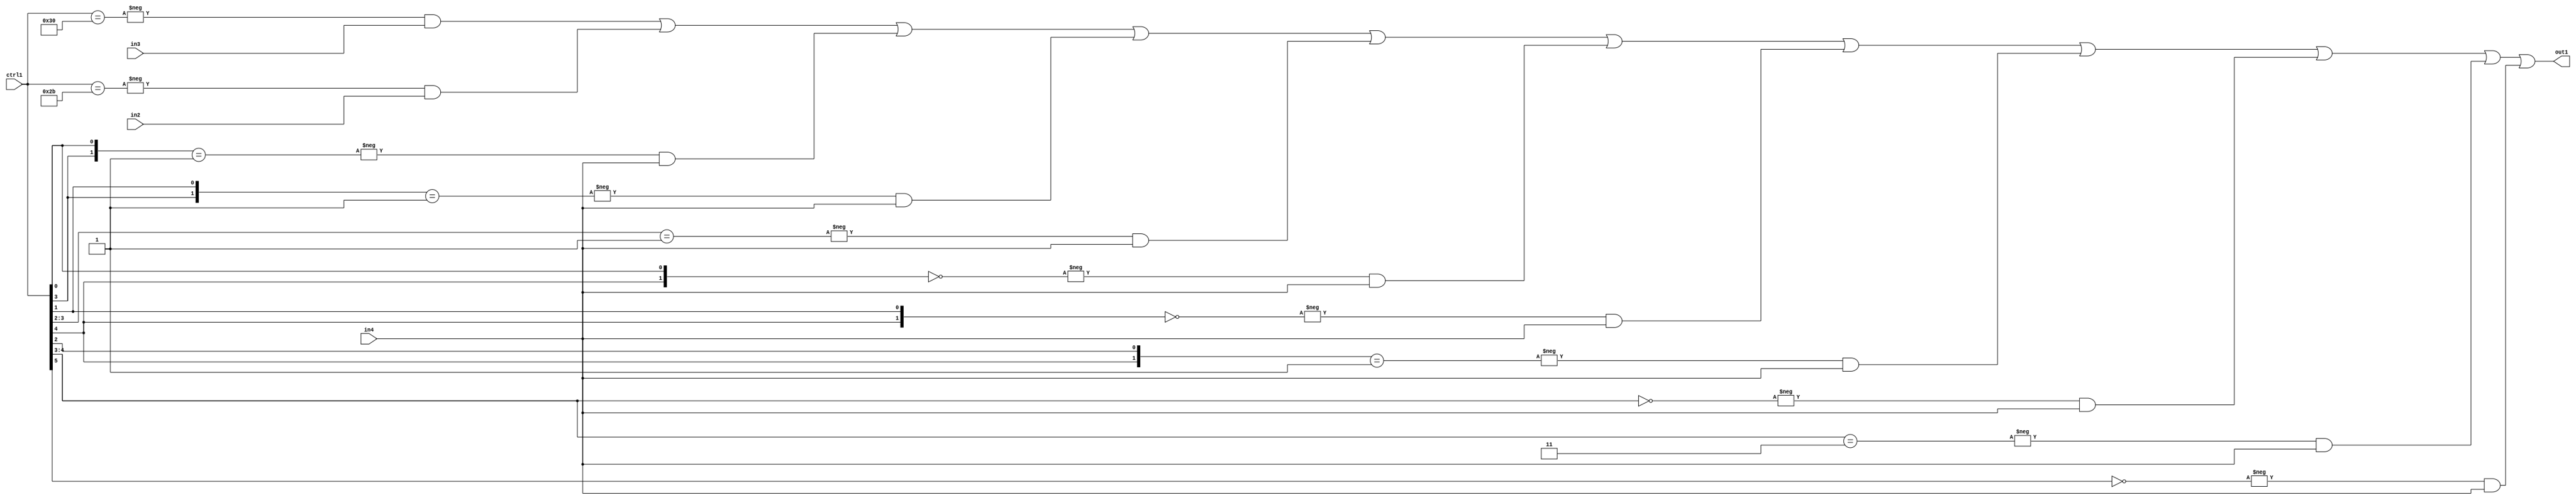
`timescale 1ps / 1ps
/*****************************************************************************
    Verilog RTL Description
    
    
    Created by: Stratus DpOpt 21.05.01 
*******************************************************************************/

module SobelFilter_N_Mux_32_3_110_4 (
	in4,
	in3,
	in2,
	ctrl1,
	out1
	); /* architecture "behavioural" */ 
input [31:0] in4;
input [8:0] in3,
	in2;
input [5:0] ctrl1;
output [31:0] out1;
wire [31:0] asc001;

assign asc001 = 
	-{ctrl1 == 6'B110000} & in3 |
	-{ctrl1 == 6'B101011} & in2 |
	-{{ctrl1[3], ctrl1[0]} == 2'B01} & in4 |
	-{{ctrl1[3], ctrl1[1]} == 2'B01} & in4 |
	-{ctrl1[3:2] == 2'B01} & in4 |
	-{{ctrl1[4], ctrl1[0]} == 2'B00} & in4 |
	-{{ctrl1[4], ctrl1[1]} == 2'B00} & in4 |
	-{{ctrl1[4], ctrl1[2]} == 2'B01} & in4 |
	-{ctrl1[4:3] == 2'B00} & in4 |
	-{ctrl1[4:3] == 2'B11} & in4 |
	-{ctrl1[5] == 1'B0} & in4 ;

assign out1 = asc001;
endmodule

/* CADENCE  vbTwSAE= : u9/ySxbfrwZIxEzHVQQV8Q== ** DO NOT EDIT THIS LINE ******/